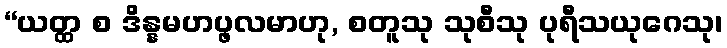
“ယတ္ထ စ ဒိန္နမဟပ္ဖလမာဟု, စတူသု သုစီသု ပုရီသယုဂေသု၊